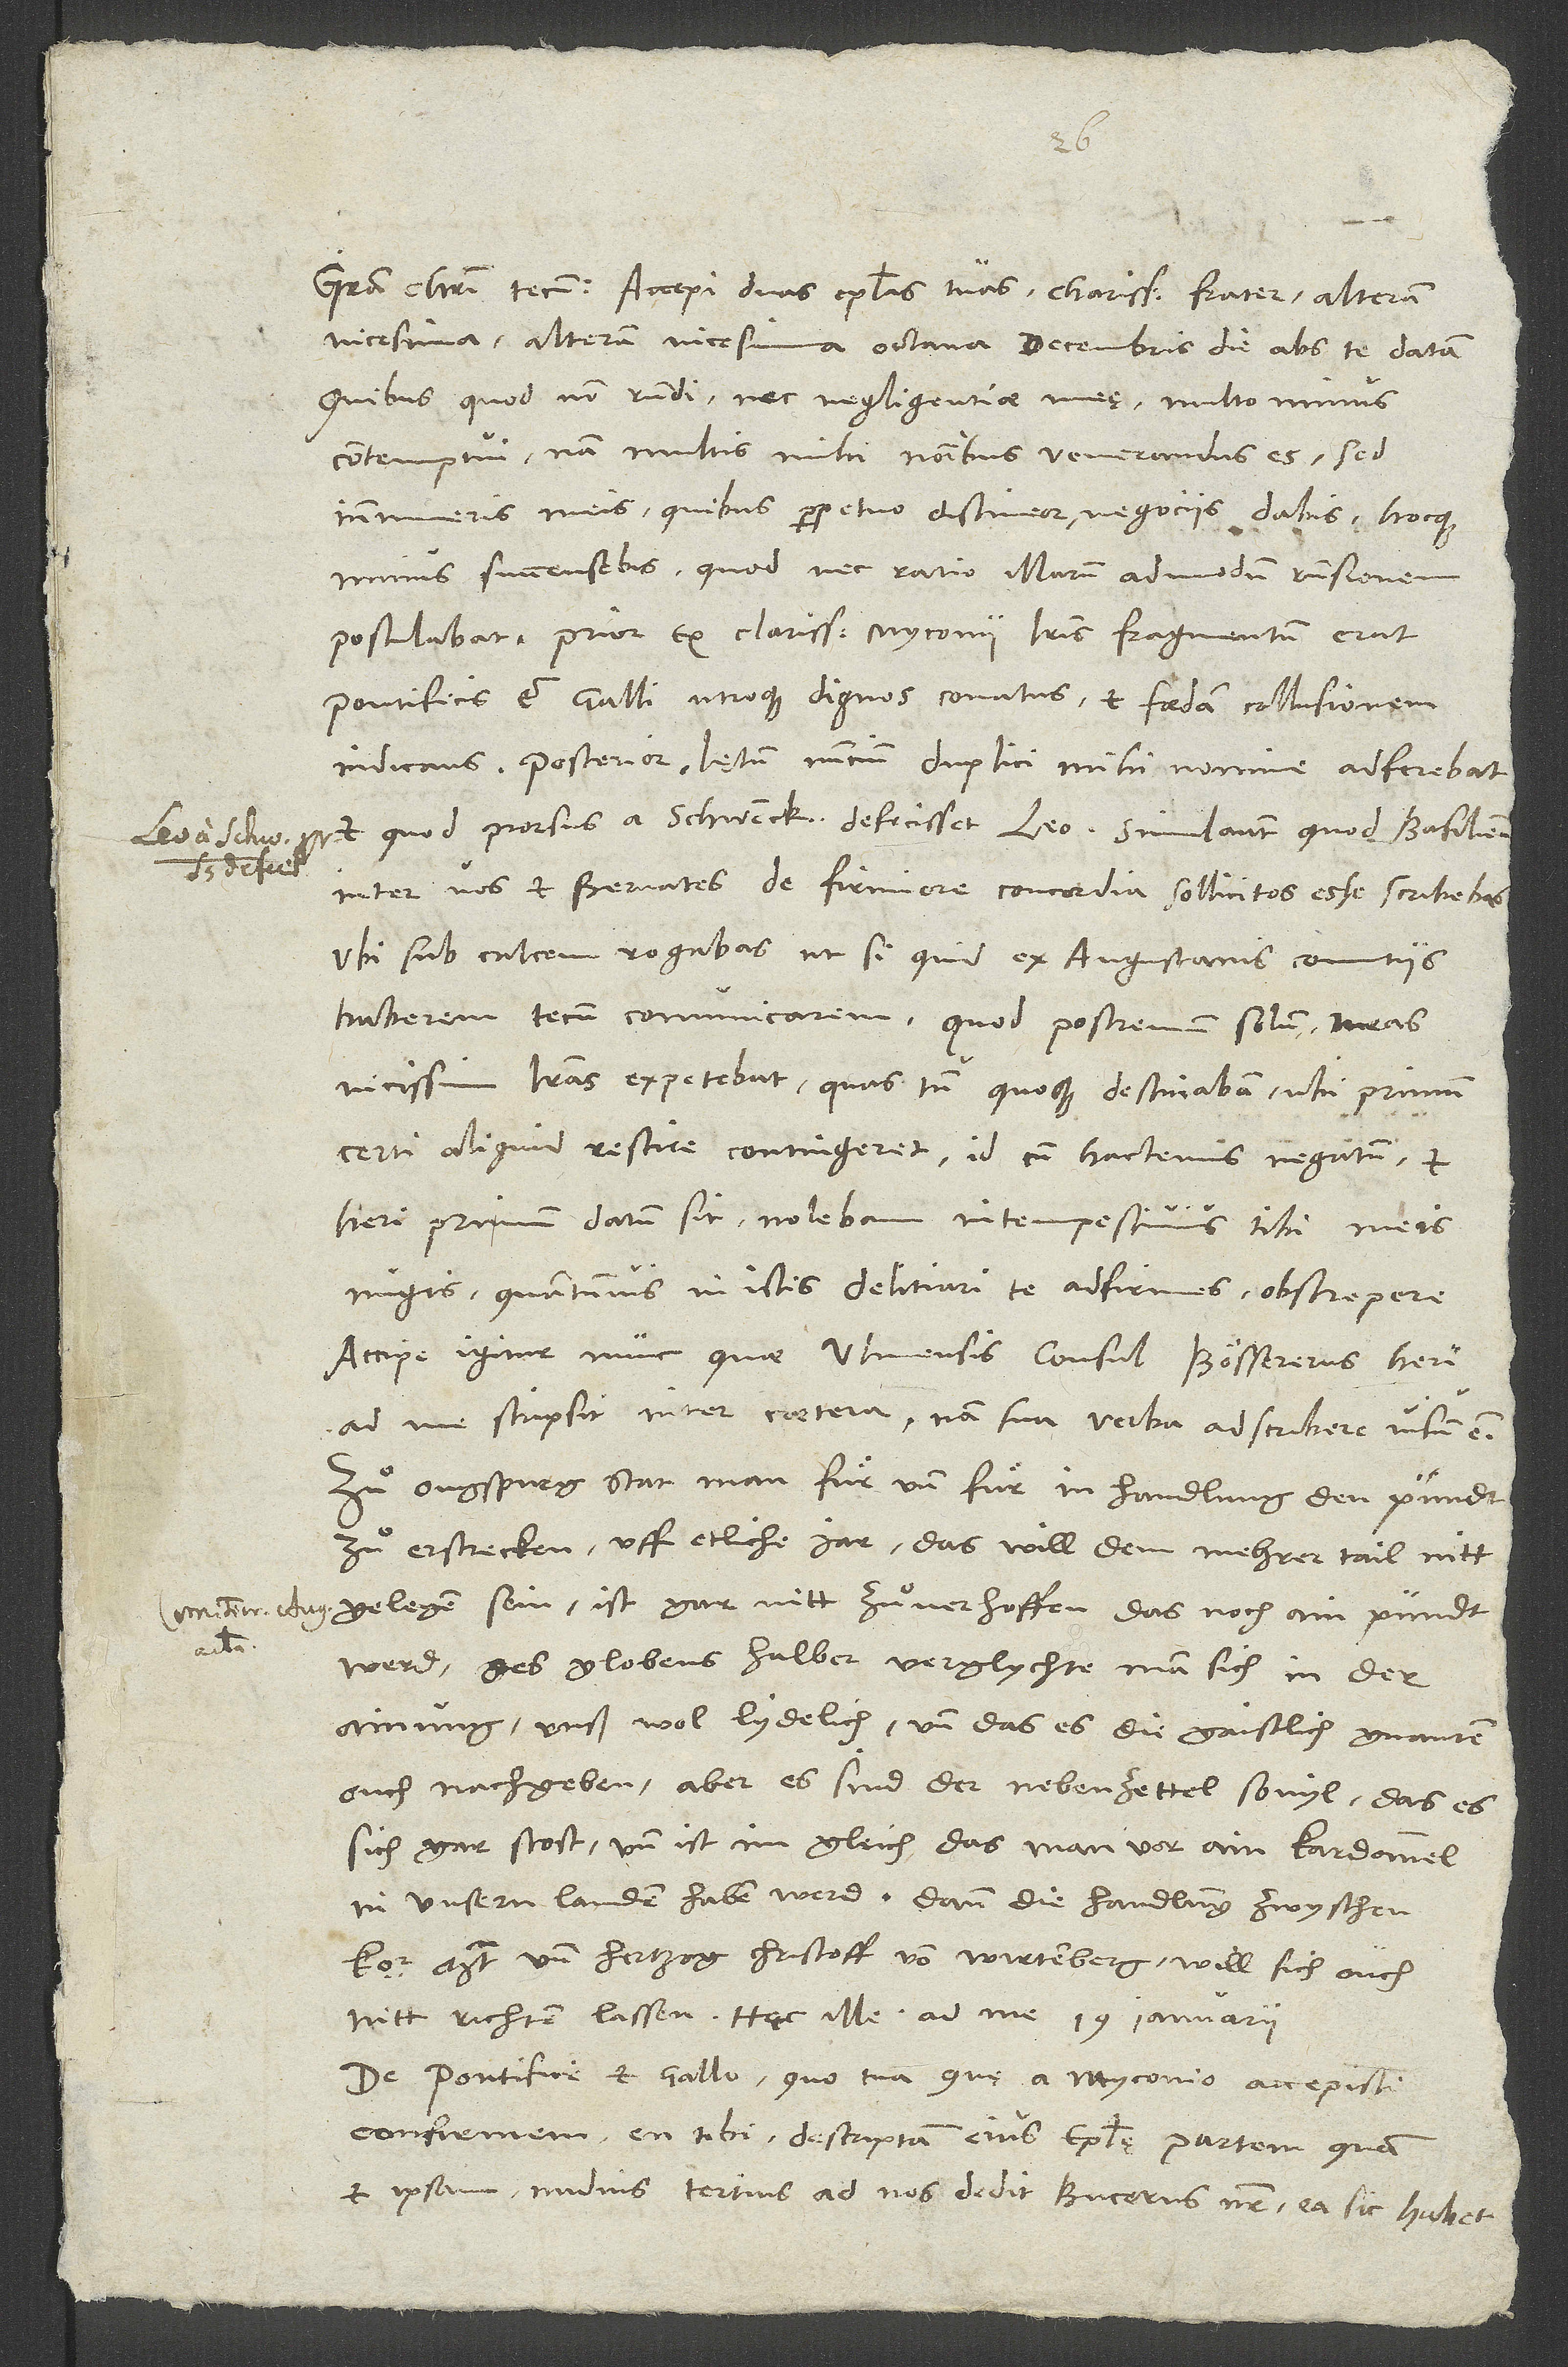
vicesima, alteram vicesima octava decembris die abs te datam.
Quibus quod non respondi, nec negligentiae meę, multo minus
contemptui - nam multis mihi nominibus venerandus es -, sed
innumeris meis, quibus perpetuo distineor, negociis dabis hocque
minus succensebis, quod nec ratio illarum admodum responsionem
postulabat. Prior ex clarissimi Myconii literis fragmentum erat
pontificis et Galli utroque dignos conatus et foedam collusionern
indicans. Posterior lętum nuncium duplici mihi nomine adferebat,
et quod prorsus a Schwenckfeldo defecisset Leo, simul autem, quod Basilienses
inter vos et Bernates de firmiore concordia sollicitos esse scribebas.
Ubi sub calcem rogabas, ut si quid ex Augustanis comitiis
haberem, tecum comunicarem. Quod postremum solum meas
vicissim literas expetebat, quas tum quoque destinabam, ubi primum
certi aliquid rescire contingeret. Id cum hactenus negatum et
heri primum datum sit, nolebam intempestivis tibi meis
nugis, quantumvis in istis delitiari te adfirmes, obstrepere.
Accipe igitur nunc, quae Ulmensis consul Bössererus heri
ad me scripsit inter caetera. Nam sua verba adscribere visum est:
«Zuͦ Ougspurg stat man für und für in handlung, den pundt
zuͦ erstrecken uff etliche jar. Das will dem mehrer tail nitt
gelegen sein; ist gar nitt zuͦ verhoffen, das noch ain pündt
werd. Des globens halber verglychte man sich in der
ainung, unß wol lydelich, und das es die gaistlich gnanten
ouch nachgeben; aber es sind der nebenzettel so vyl, das es
sich gar stost, und ist im gleich das man vor ain kardannel,
in unsern landen haben werd, dann die handlung zwyschen
und hertzog Christoff von Wirtemberg will sich ouch
nitt richten lassen». Haec ille ad me 19. ianuarii.
De pontifice et Gallo, quo tua, quę a Myconio accepisti,
confirmem, en tibi descriptam eius epistolę partem, quam
et ipsam nudius tertius ad nos dedit Bucerus noster. Ea sic habet:«Rex